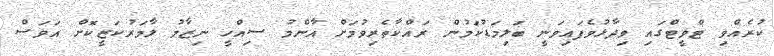
ކުރެއްވި ޓްވީޓްގައި ވިދާޅުވެފައިވަނީ ބަލިމަޑުކަމުން ރައްކާތެރިވުމަށް އާންމު ސިއްހީ ނިޒާމު ލާމަރުކަޒީކޮށް އަވަސް